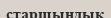
старшындық